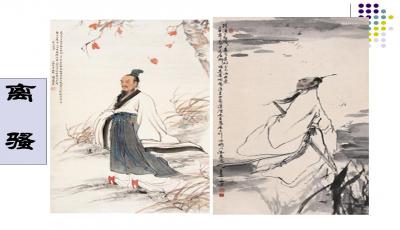
脱衣换得商山酒，笑把离骚独自倾。